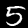
Digit: 5